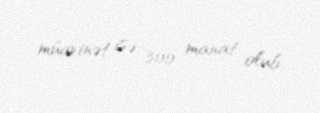
müavinət isə 300 manat olub.